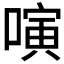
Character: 𠻤